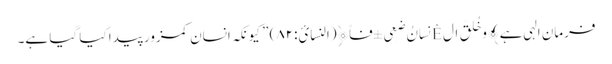
فرمان الہی ہے ﴾وَخُلِقَ ال Êِنسَانُ ضَعِی ±فاً﴿(النسائ:۸۲) ” کیونکہ انسان کمزور پیدا کیا گیا ہے۔